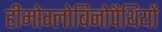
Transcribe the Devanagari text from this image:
हीमोग्लोबिनोपैथियों